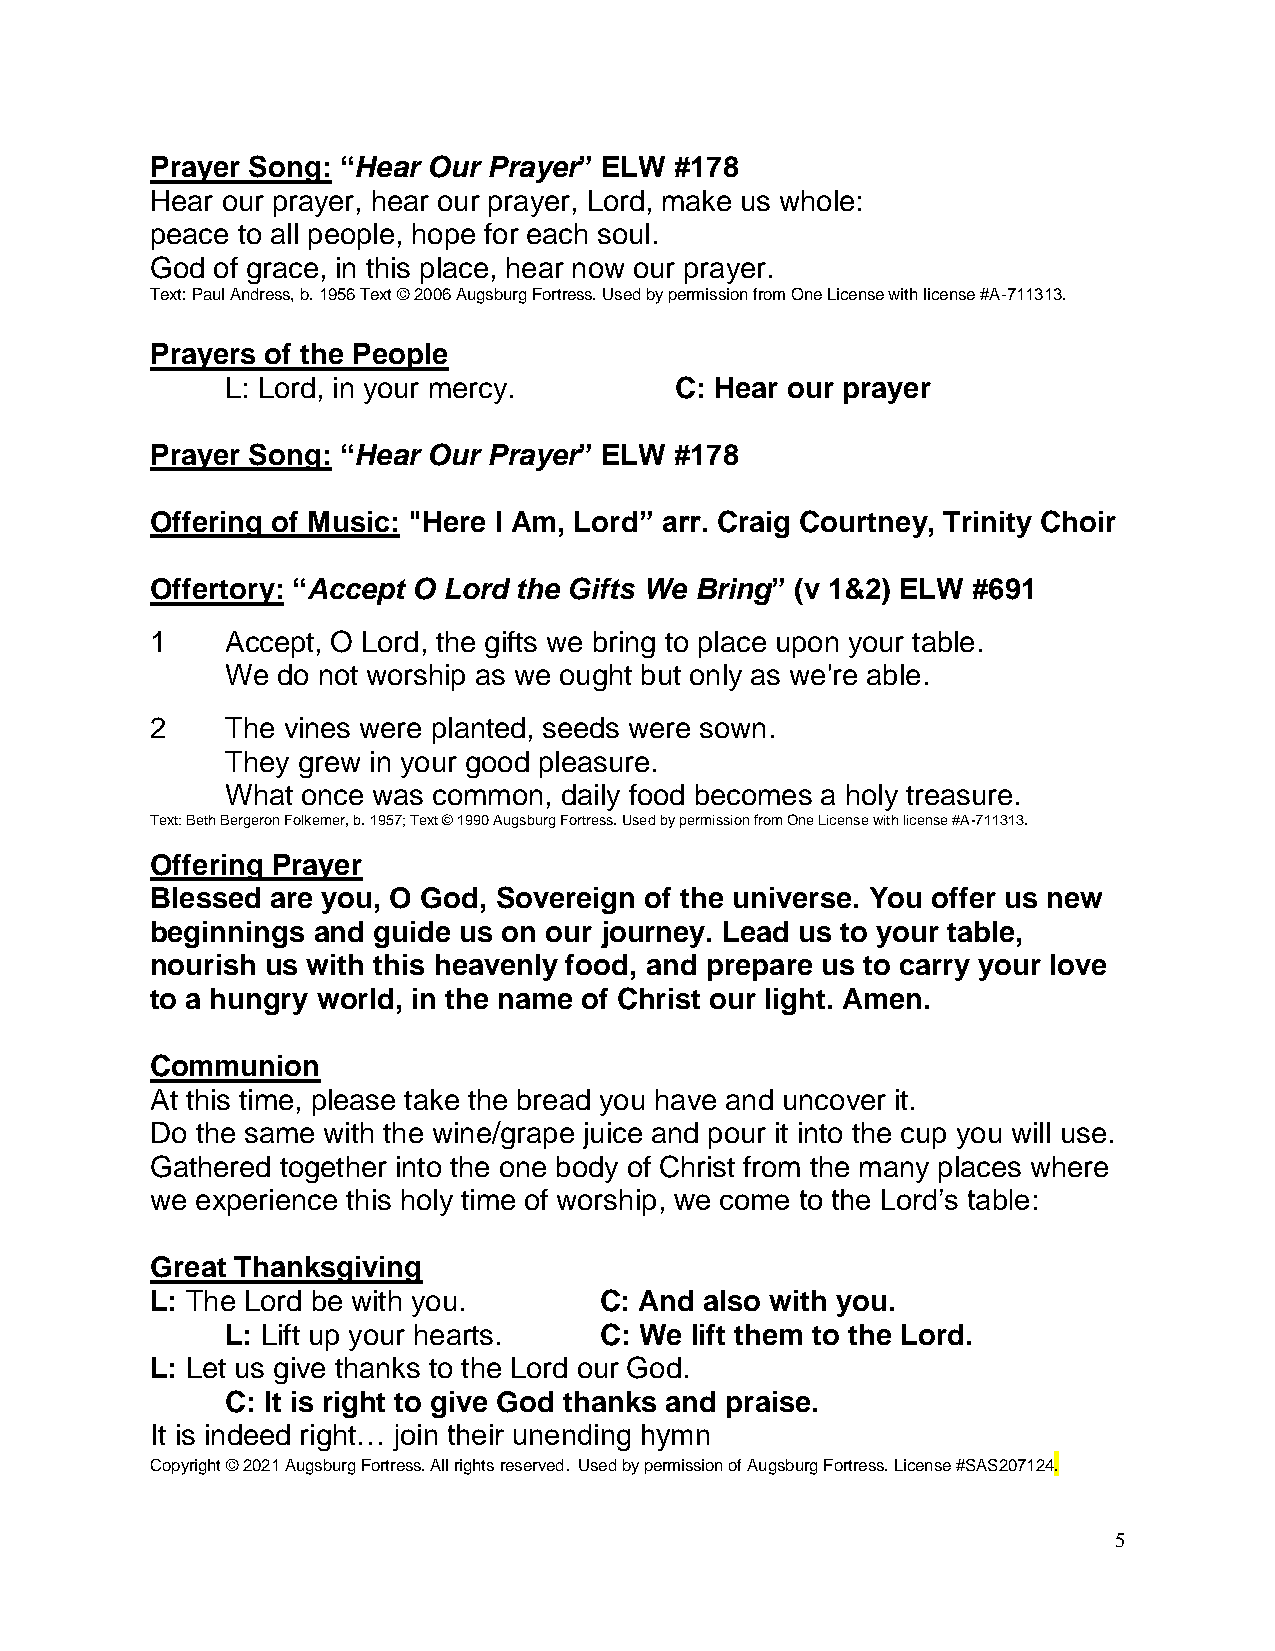
Prayer Song: “Hear Our Prayer” ELW #178
 Hear our prayer, hear our prayer, Lord, make us whole:
 peace to all people, hope for each soul.
 God of grace, in this place, hear now our prayer.
 Text: Paul Andress, b. 1956 Text © 2006 Augsburg Fortress. Used by permission from One License with license #A-711313.
 Prayers of the People
 L: Lord, in your mercy.       C: Hear our prayer
 Prayer Song: “Hear Our Prayer” ELW #178
 Offering of Music: "Here I Am, Lord” arr. Craig Courtney, Trinity Choir
 Offertory: “Accept O Lord the Gifts We Bring” (v 1&2) ELW #691
 1    Accept, O Lord, the gifts we bring to place upon your table.
 We do not worship as we ought but only as we're able.
 2    The vines were planted, seeds were sown.
 They grew in your good pleasure.
 What once was common, daily food becomes a holy treasure.
 Text: Beth Bergeron Folkemer, b. 1957; Text © 1990 Augsburg Fortress. Used by permission from One License with license #A-711313.
 Offering Prayer
 Blessed are you, O God, Sovereign of the universe. You offer us new
 beginnings and guide us on our journey. Lead us to your table,
 nourish us with this heavenly food, and prepare us to carry your love
 to a hungry world, in the name of Christ our light. Amen.
 Communion
 At this time, please take the bread you have and uncover it.
 Do the same with the wine/grape juice and pour it into the cup you will use.
 Gathered together into the one body of Christ from the many places where
 we experience this holy time of worship, we come to the Lord’s table:
 Great Thanksgiving
 L: The Lord be with you.      C: And also with you.
 L: Lift up your hearts.  C: We lift them to the Lord.
 L: Let us give thanks to the Lord our God.
 C: It is right to give God thanks and praise.
 It is indeed right… join their unending hymn
 Copyright © 2021 Augsburg Fortress. All rights reserved. Used by permission of Augsburg Fortress. License #SAS207124.
 5